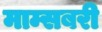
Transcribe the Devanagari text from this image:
माम्सबरी